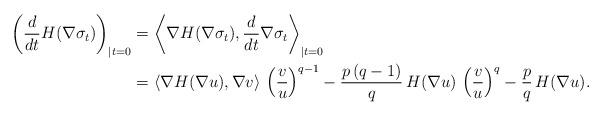
LaTeX: \begin{align*}\left(\frac{d}{dt} H(\nabla \sigma_t)\right)_{|t=0}&=\left\langle \nabla H(\nabla\sigma_t),\frac{d}{dt} \nabla\sigma_t\right\rangle_{|t=0}\\&=\left\langle\nabla H(\nabla u), \nabla v\right\rangle\, \left(\frac{v}{u}\right)^{q-1}-\frac{p\,(q-1)}{q}\, H(\nabla u)\, \left(\frac{v}{u}\right)^q-\frac{p}{q}\, H(\nabla u).\end{align*}